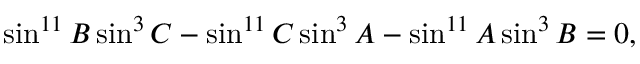
\sin ^ { 1 1 } B \sin ^ { 3 } C - \sin ^ { 1 1 } C \sin ^ { 3 } A - \sin ^ { 1 1 } A \sin ^ { 3 } B = 0 ,